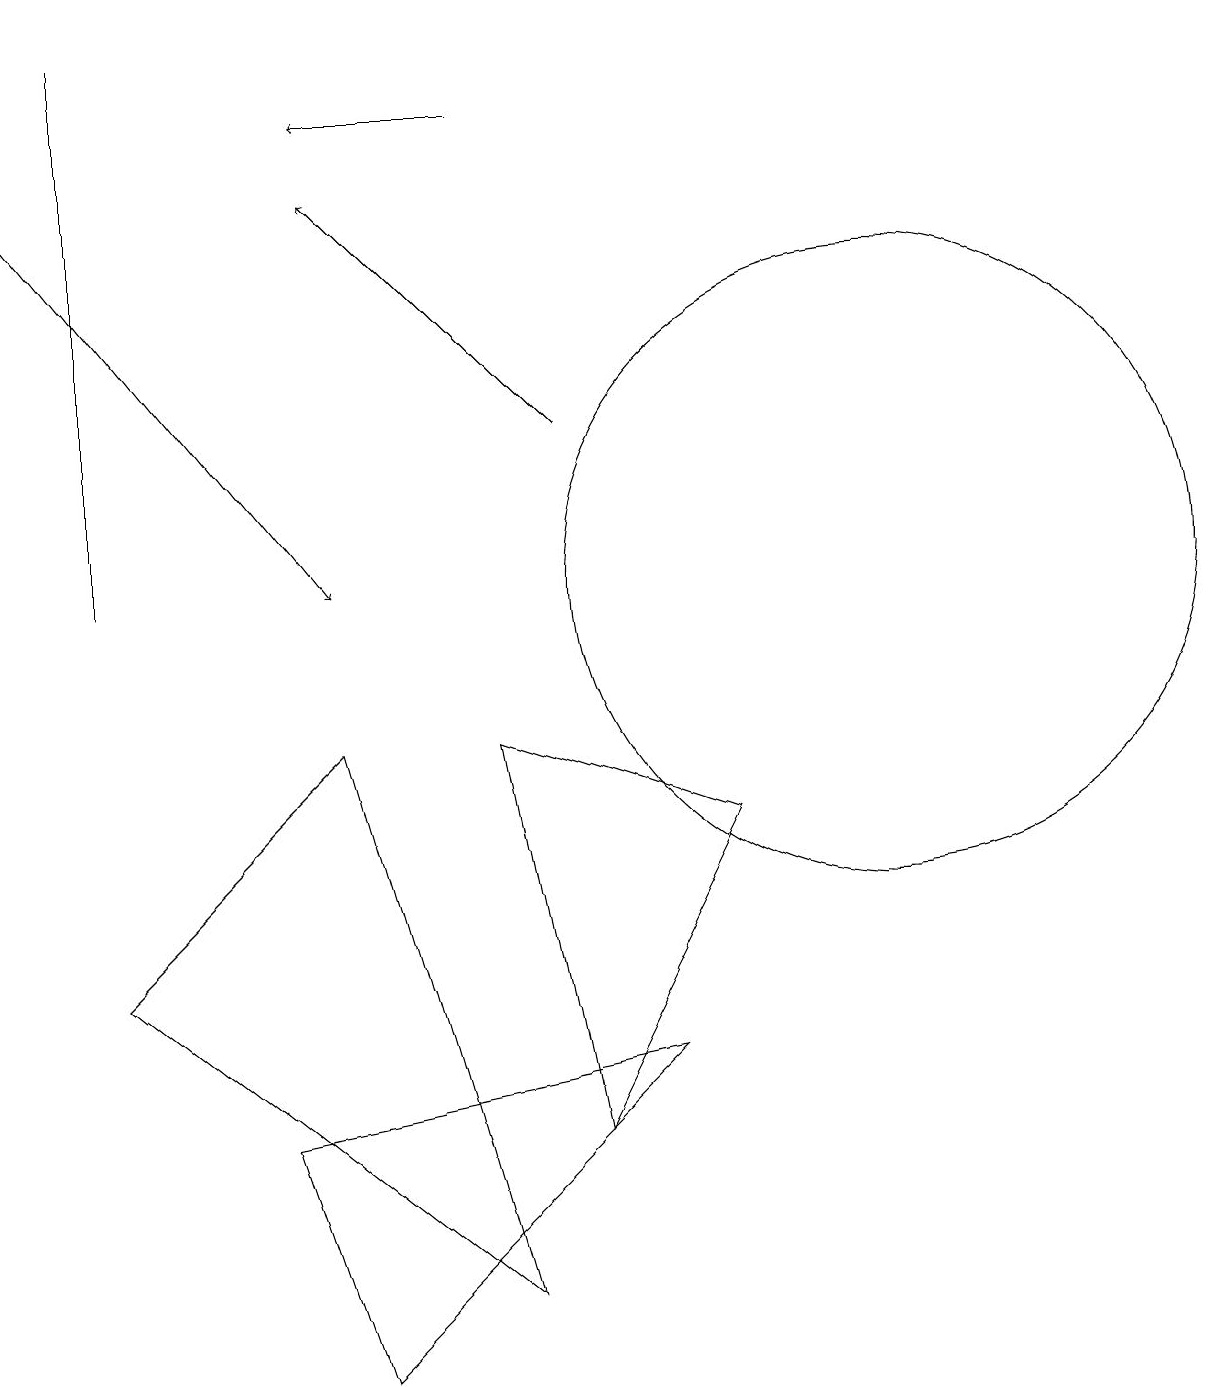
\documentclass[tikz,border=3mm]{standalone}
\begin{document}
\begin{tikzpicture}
\draw[->] (7,12) -- (4,15);
\draw (6,8) -- (9,7) -- (7,3) -- cycle;
\draw (6,1) -- (4,8) -- (1,5) -- cycle;
\draw (8,4) -- (3,3) -- (4,0) -- cycle;
\draw[->] (0,15) -- (4,10);
\draw (11,10) circle (4);
\draw[->] (6,16) -- (4,16);
\draw (1,10) rectangle (1,17);
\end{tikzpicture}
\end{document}